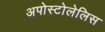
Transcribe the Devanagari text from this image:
अपोस्टोलेलिस